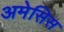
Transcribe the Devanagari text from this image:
अमेसिस